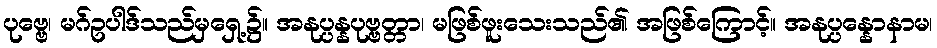
ပုဗ္ဗေ၊ မဂ်ဥပါဒ်သည်မှရှေ့၌။ အနုပ္ပန္နပုဗ္ဗတ္တာ၊ မဖြစ်ဖူးသေးသည်၏ အဖြစ်ကြောင့်။ အနုပ္ပန္နောနာမ၊